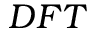
D F T